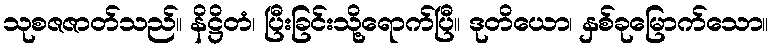
သုစဇဇာတ်သည်။ နိဋ္ဌိတံ၊ ပြီးခြင်းသို့ရောက်ပြီ။ ဒုတိယော၊ နှစ်ခုမြောက်သော။